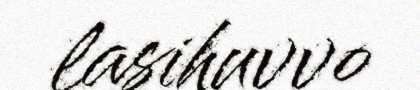
lasihuvvo